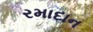
રમાદાન